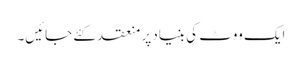
ایک ووٹ کی بنیاد پر منعقد کئے جائیں۔